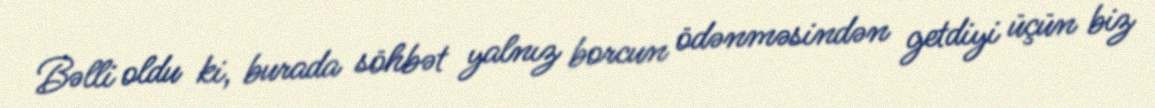
Bəlli oldu ki, burada söhbət yalnız borcun ödənməsindən getdiyi üçün biz